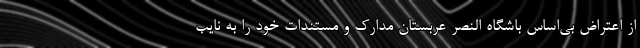
از اعتراض بی‌اساس باشگاه النصر عربستان مدارک و مستندات خود را به نایب